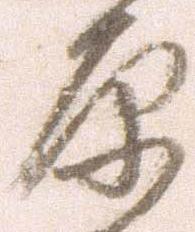
原